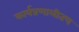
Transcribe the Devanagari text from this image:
कार्यप्रणालीतच